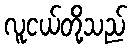
လူငယ်တို့သည်